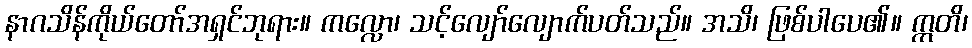
နာဂသိန်ကိုယ်တော်အရှင်ဘုရား။ ကလ္လော၊ သင့်လျော်လျောက်ပတ်သည်။ အသိ၊ ဖြစ်ပါပေ၏။ ဣတိ၊